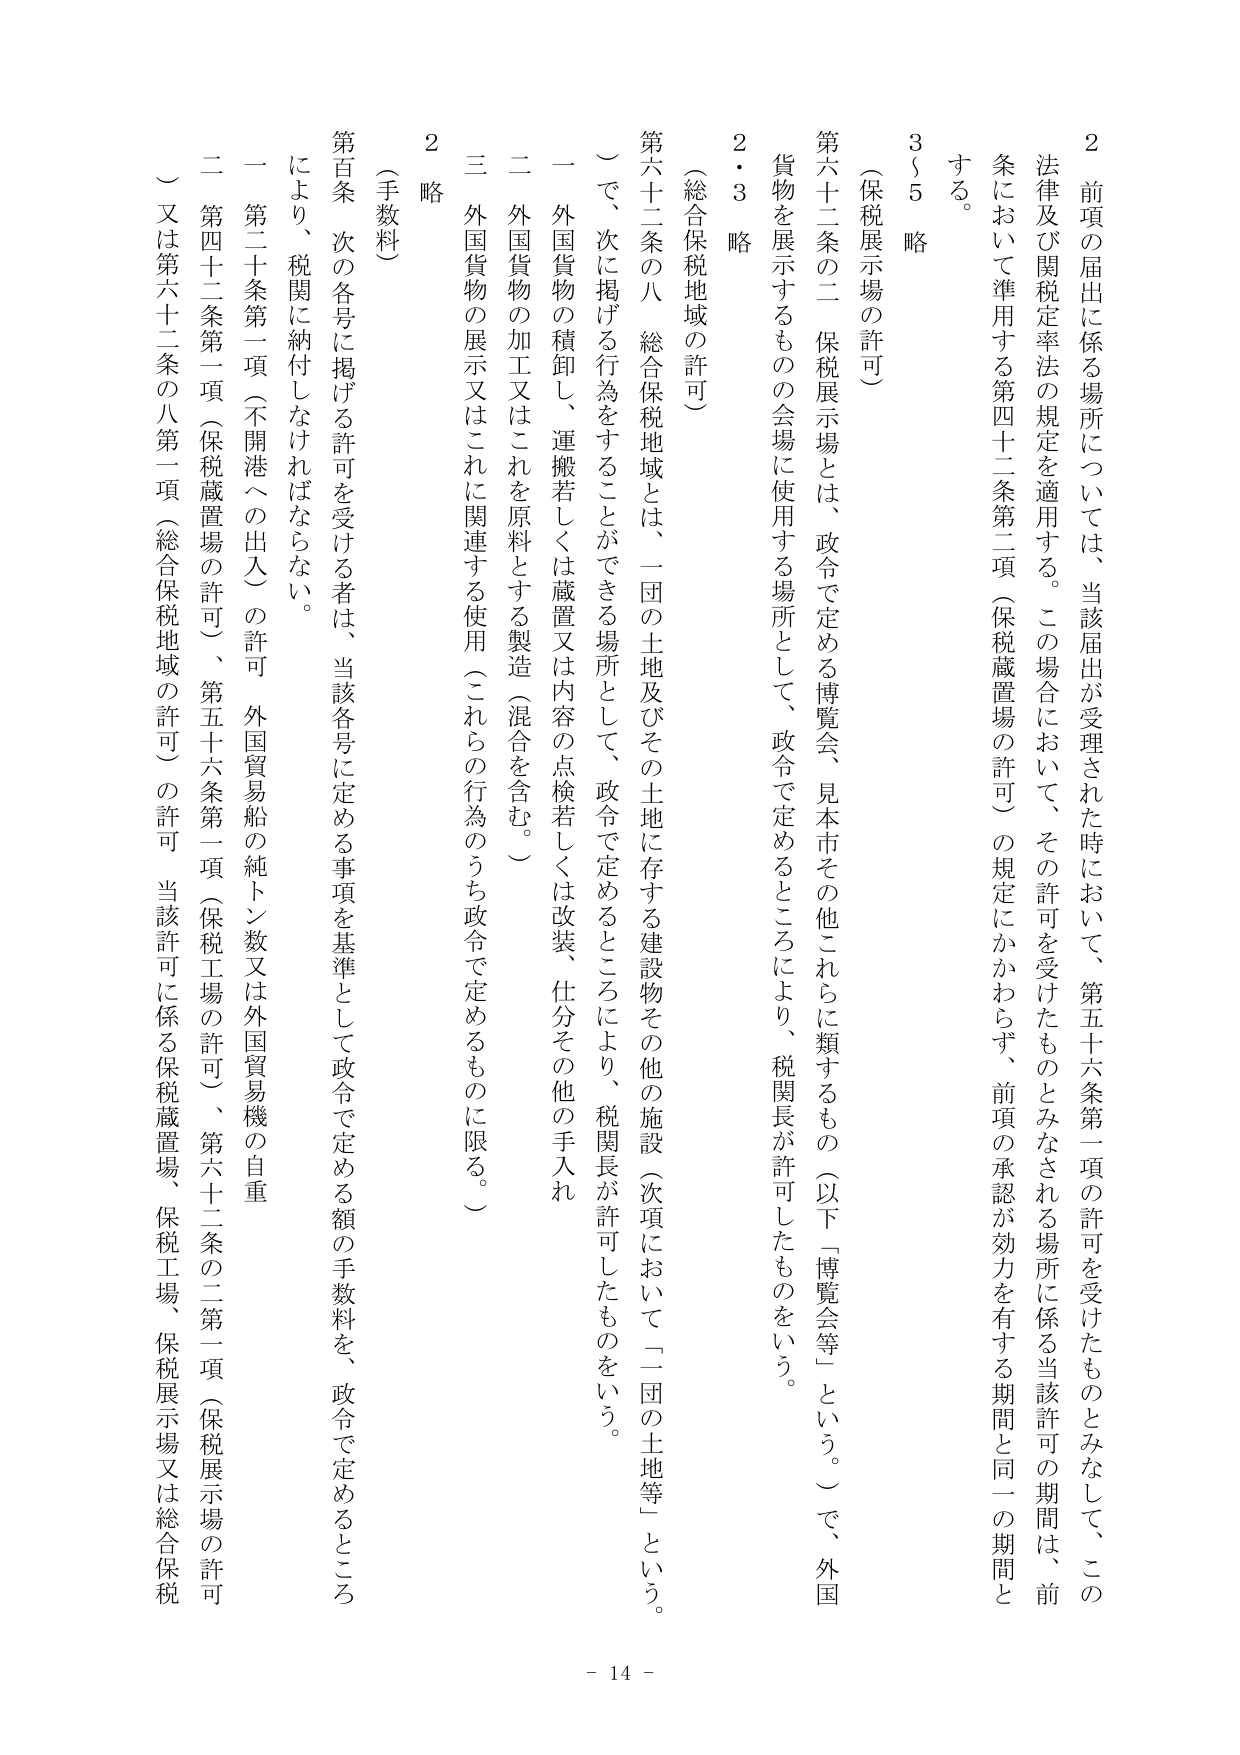
2 前項の届出に係る場所については、当該届出が受理された時において、第五十六条第一項の許可を受けたものとみなして、この法律及び関税定率法の規定を適用する。この場合において、その許可を受けたものとみなされる場所に係る当該許可の期間は、前条において準用する第四十二条第二項（保税蔵置場の許可）の規定にかかわらず、前項の承認が効力を有する期間と同一の期間とする。

3～5 略

（保税展示場の許可）

第六十二条の二 保税展示場とは、政令で定める博覧会、見本市その他これらに類するもの（以下「博覧会等」という。）で、外国貨物を展示するものの会場に使用する場所として、政令で定めるところにより、税関長が許可したものをいう。

2・3 略

（総合保税地域の許可）

第六十二条の八 総合保税地域とは、一団の土地及びその土地に存する建設物その他の施設（次項において「一団の土地等」という。）で、次に掲げる行為をすることができる場所として、政令で定めるところにより、税関長が許可したものをいう。

一 外国貨物の積卸し、運搬若しくは蔵置又は内容の点検若しくは改装、仕分その他の手入れ

二 外国貨物の加工又はこれを原料とする製造（混合を含む。）

三 外国貨物の展示又はこれに関連する使用（これらの行為のうち政令で定めるものに限る。）

2 略

（手数料）

第百条 次の各号に掲げる許可を受ける者は、当該各号に定める事項を基準として政令で定める額の手数料を、政令で定めるところにより、税関に納付しなければならない。

一 第二十条第一項（不開港への出入）の許可、外国貿易船の純トン数又は外国貿易機の自重

二 第四十二条第一項（保税蔵置場の許可）、第五十六条第一項（保税工場の許可）、第六十二条の二第一項（保税展示場の許可）の許可、当該許可に係る保税蔵置場、保税工場、保税展示場又は総合保税

- 14 -